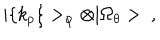
| \{ k _ { p } \} > _ { \varphi } \otimes | \Omega _ { \theta } > \ ,